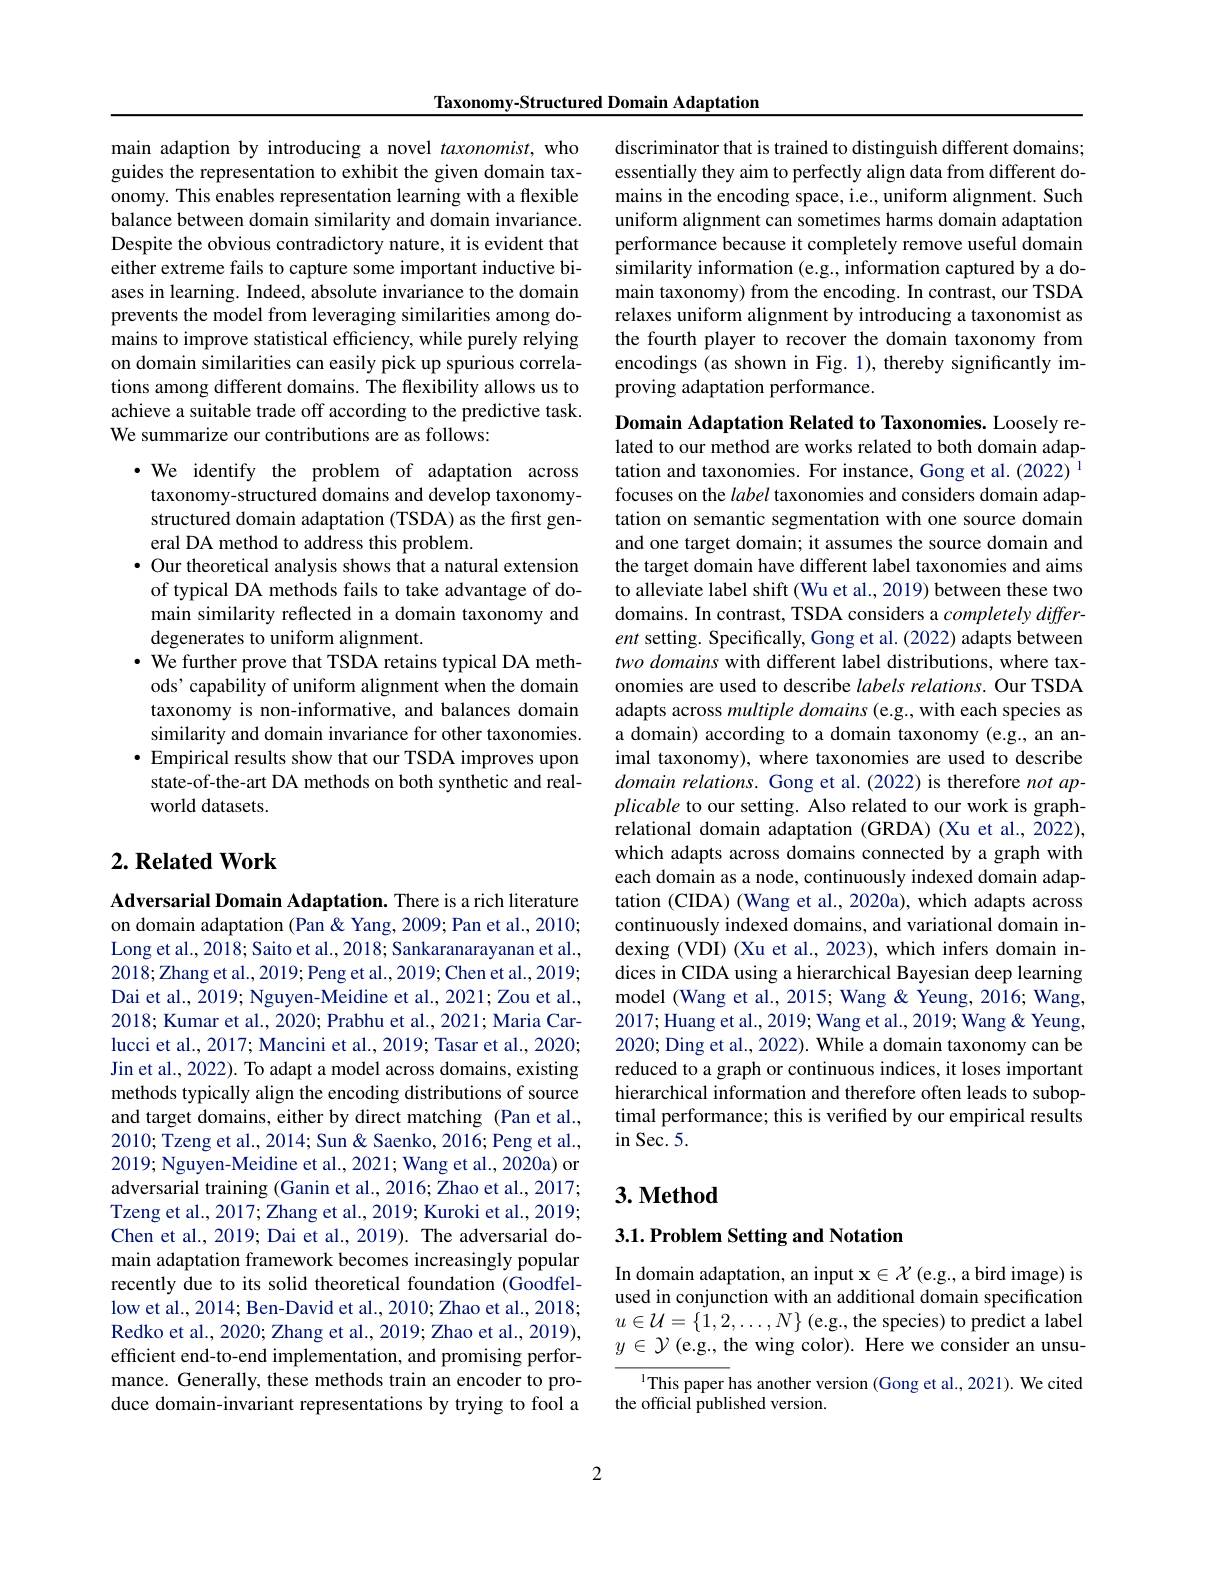
Taxonomy-Structured Domain Adaptation

main adaption by introducing a novel taxonomist, who guides the representation to exhibit the given domain taxonomy. This enables representation learning with a flexible balance between domain similarity and domain invariance. Despite the obvious contradictory nature, it is evident that either extreme fails to capture some important inductive biases in learning. Indeed, absolute invariance to the domain prevents the model from leveraging similarities among domains to improve statistical efficiency, while purely relying on domain similarities can easily pick up spurious correlations among different domains. The flexibility allows us to achieve a suitable trade off according to the predictive task. We summarize our contributions are as follows:

·We identify the problem of adaptation across taxonomy-structured domains and develop taxonomystructured domain adaptation (TSDA) as the first general DA method to address this problem.
· Our theoretical analysis shows that a natural extension of typical DA methods fails to take advantage of domain similarity reflected in a domain taxonomy and degenerates to uniform alignment.
$\cdot$ We further prove that TSDA retains typical DA methods' capability of uniform alignment when the domain taxonomy is non-informative, and balances domain similarity and domain invariance for other taxonomies.
· Empirical results show that our TSDA improves upon
state-of-the-art DA methods on both synthetic and real-
world datasets.

## $2. \textbf{ Related Work}$

Adversarial Domain Adaptation. There is a rich literature on domain adaptation (Pan &Yang, 2009; Pan et al., 2010; Long et al., 2018; Saito et al., 2018; Sankaranarayanan et al., 2018;Zhang et al., 2019; Peng et al., 2019; Chen et al., 2019; Dai et al., 2019; Nguyen-Meidine et al., 2021; Zou et al., 2018; Kumar et al., 2020; Prabhu et al., 2021; Maria Carlucci et al., 2017; Mancini et al., 2019; Tasar et al., 2020; Jin et al., 2022). To adapt a model across domains, existing methods typically align the encoding distributions of source and target domains, either by direct matching (Pan et al., 2010; Tzeng et al., 2014; Sun & Saenko, 2016; Peng et al., 2019; Nguyen-Meidine et al., 2021; Wang et al., 2020a) or adversarial training (Ganin et al., 2016; Zhao et al., 2017; Tzeng et al., 2017; Zhang et al., 2019; Kuroki et al., 2019; Chen et al., 2019; Dai et al., 2019). The adversarial domain adaptation framework becomes increasingly popular recently due to its solid theoretical foundation (Goodfellow et al., 2014; Ben-David et al., 2010; Zhao et al., 2018; Redko et al., 2020; Zhang et al., 2019; Zhao et al., 2019), efficient end-to-end implementation, and promising performance. Generally, these methods train an encoder to produce domain-invariant representations by trying to fool a

discriminator that is trained to distinguish different domains; essentially they aim to perfectly align data from different domains in the encoding space, i.e., uniform alignment. Such uniform alignment can sometimes harms domain adaptation performance because it completely remove useful domain similarity information (e.g., information captured by a domain taxonomy) from the encoding. In contrast, our TSDA relaxes uniform alignment by introducing a taxonomist as the fourth player to recover the domain taxonomy from encodings (as shown in Fig. 1), thereby significantly improving adaptation performance.

Domain Adaptation Related to Taxonomies. Loosely related to our method are works related to both domain adaptation and taxonomies. For instance, Gong et al. (2022) 1 focuses on the label taxonomies and considers domain adaptation on semantic segmentation with one source domain and one target domain; it assumes the source domain and the target domain have different label taxonomies and aims to alleviate label shift (Wu et al., 2019) between these two domains. In contrast, TSDA considers a completely different setting. Specifically, Gong et al. (2022) adapts between two domains with different label distributions, where taxonomies are used to describe labels relations. Our TSDA adapts across multiple domains (e.g., with each species as a domain) according to a domain taxonomy (e.g., an animal taxonomy), where taxonomies are used to describe domain relations. Gong et al. (2022) is therefore not applicable to our setting. Also related to our work is graphrelational domain adaptation (GRDA) (Xu et al., 2022), which adapts across domains connected by a graph with each domain as a node, continuously indexed domain adaptation (CIDA) (Wang et al., 2020a), which adapts across continuously indexed domains, and variational domain indexing (VDI) (Xu et al., 2023), which infers domain indices in CIDA using a hierarchical Bayesian deep learning model (Wang et al., 2015; Wang & Yeung, 2016; Wang, 2017;Huang et al., 2019; Wang et al., 2019; Wang& Yeung, 2020; Ding et al., 2022). While a domain taxonomy can be reduced to a graph or continuous indices, it loses important hierarchical information and therefore often leads to suboptimal performance; this is verified by our empirical results in Sec. 5.

## $3. \textbf{Method}$

3.1. Problem Setting and Notation

In domain adaptation, an input $\mathbf{x}\in\mathcal{X}$ (e.g., a bird image) is used in conjunction with an additional domain specification $u\in\mathcal{U}=\{1,2,\ldots,N\}$ (e.g., the species) to predict a label $y\in\mathcal{Y}($e.g., the wing color). Here we consider an unsu-

$^{1}$This paper has another version (Gong et al.,2021). We cited
the official published version.

2